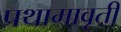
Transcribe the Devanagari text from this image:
प्रथामावृती